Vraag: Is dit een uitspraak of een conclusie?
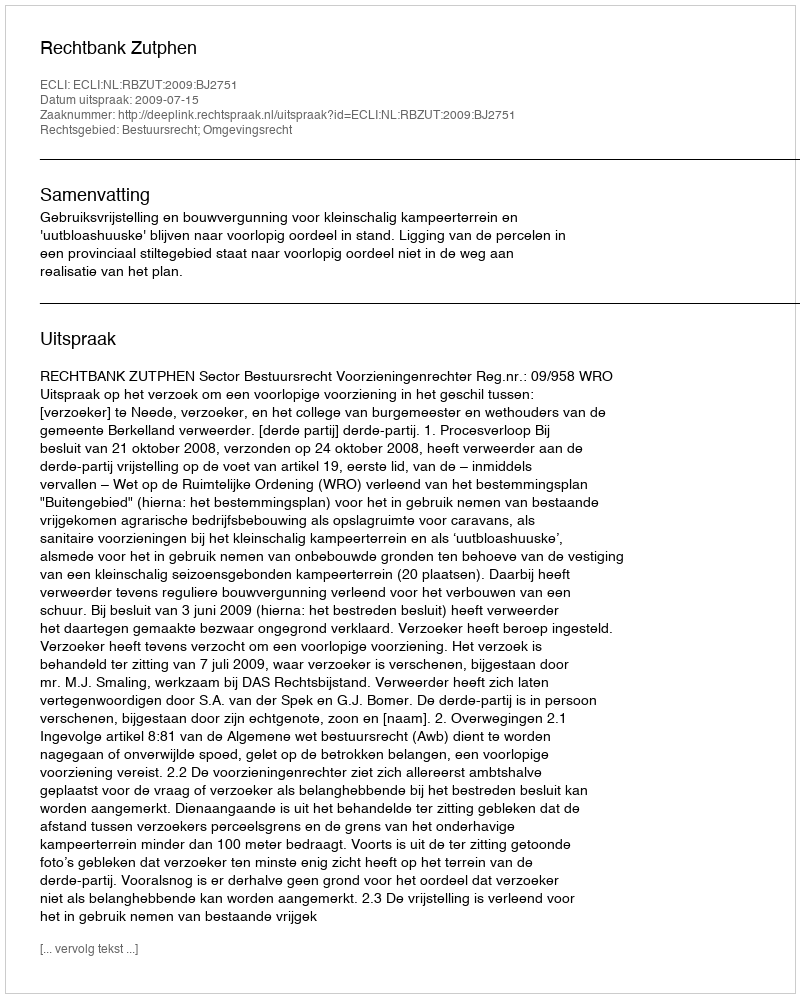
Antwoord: Uitspraak